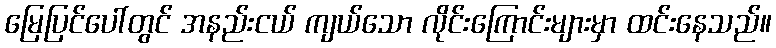
မြေပြင်ပေါ်တွင် အနည်းငယ် ကျယ်သော လိုင်းကြောင်းများမှာ ထင်းနေသည်။